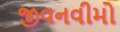
જીવનવીમો